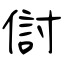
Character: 傠